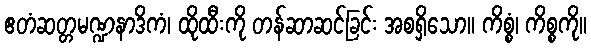
ဧတံဆတ္တမဏ္ဍနာဒိကံ၊ ထိုထီးကို တန်ဆာဆင်ခြင်း အစရှိသော။ ကိစ္စံ၊ ကိစ္စကို။